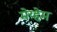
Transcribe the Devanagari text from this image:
मेय्हेम